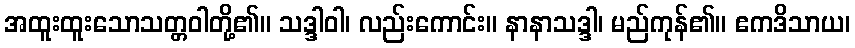
အထူးထူးသောသတ္တဝါတို့၏။ သဒ္ဒါဝါ၊ လည်းကောင်း။ နာနာသဒ္ဒါ၊ မည်ကုန်၏။ ဧကဒိသာယ၊